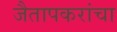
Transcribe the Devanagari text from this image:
जैतापकरांचा